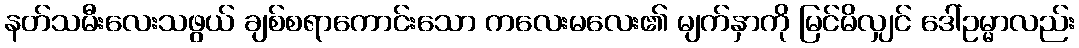
နတ်သမီးလေးသဖွယ် ချစ်စရာကောင်းသော ကလေးမလေး၏ မျက်နှာကို မြင်မိလျှင် ဒေါ်ဥမ္မာလည်း